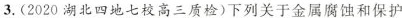
3.(2020湖北四地七校高三质检)下列关于金属腐蚀和保护